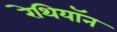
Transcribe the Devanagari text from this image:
रेथियॉन